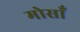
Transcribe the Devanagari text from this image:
मोसाँ